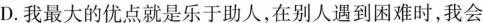
D.我最大的优点就是乐于助人，在别人遇到困难时，我会